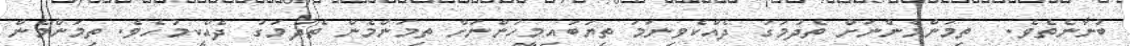
ބުނާނެތެވެ.  ތިމަންމެންނަށް ތެދުމަގު ދެއްކެވިނަމަ ތިޔަބައިމީހުންނަށް ތިމަންމެން ތެދުމަގު ދެއްކީމުހެވެ. ތިމަންމެން